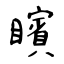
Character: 矉